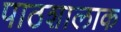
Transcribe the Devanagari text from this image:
पाठशालाक